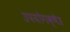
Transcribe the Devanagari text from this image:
उपयोगक्षेत्र